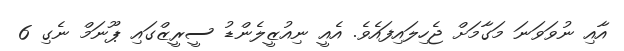
އާއި ނުވަވަނަ މަގާމަށް ޖެހިލައިފައެވެ. އެއީ ނިއުޒީލެންޑު ސީރީޒްގައި ޕޫނަމް ނެގި 6